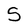
Character: S